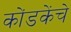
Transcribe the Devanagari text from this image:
कोंडकेंचे